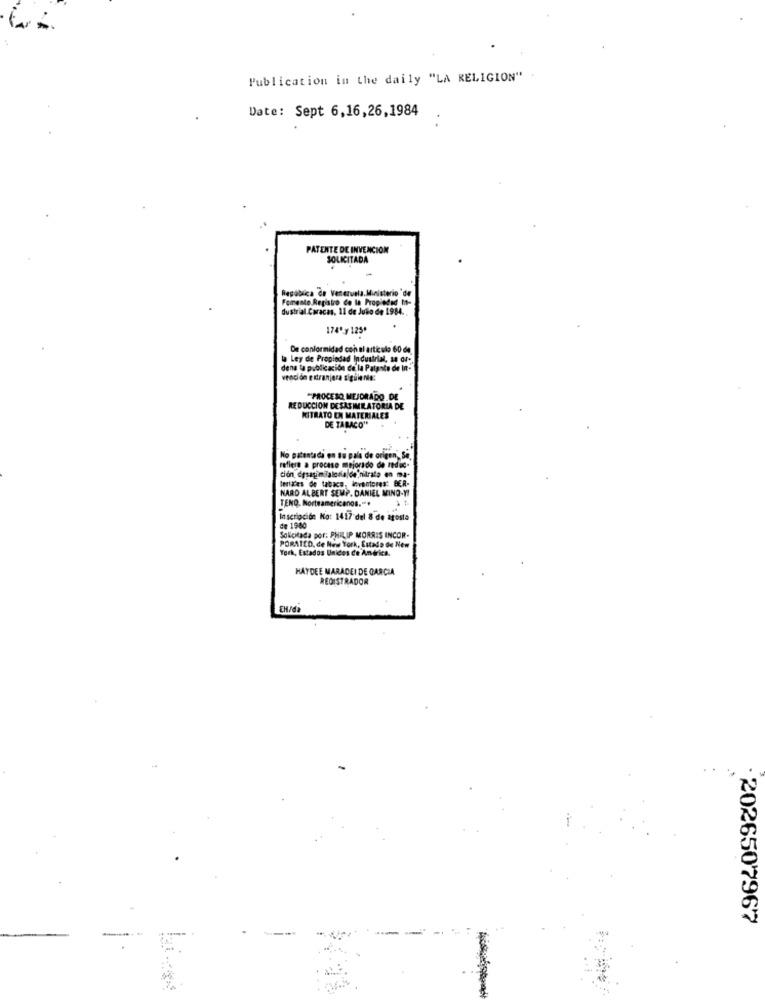
Publication in the daily "LA RELIGION"
Date: Sept 6,16,26,1984
PATENTE DE INVENCION
SOLICITADA
República de Venezuela. Ministerio de
Fomente Registro Ce la Propiedad M-
dustrial. Caracas. 11 de Juão de 1984 ..
174' y 125*
De conformidad con el articulo 60 de
la Ley de Propiedad Industrial, 18 Or".
dena la publicación de la Patente de Int-
venci on extranjera siguie no:
"PROCESO MEJORADO DE
REDUCCION DESAS IMRATORIA DE
KITRATO EN MATERIALES
DE TABACO"
No patentada en su pala de origen, Se
refiere a proceso mejorado de reduc.
ción desagimfalonia de nitrato en ma-
Seriaces de tabace, leventores: BER-
NARD ALBERT SEMP. DANIEL MING-YI
TENQ. Norteamericanos ...
+
Inscripción Ko: 1417 del 8 de agosto
de 1980
Solicitada por: PHILIP MORRIS INCOR-
PORATED, de New York, Estado de New
York, Estados Unidos de Andrics.
HAYDEE MARADEI DE GARCIA
REGISTRADOR
· 2026507967